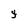
Character: g